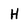
Character: H